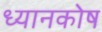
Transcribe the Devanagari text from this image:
ध्यानकोष